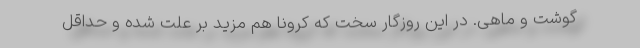
گوشت و ماهی. در این روزگارِ سخت که کرونا هم مزید بر علت شده و حداقل